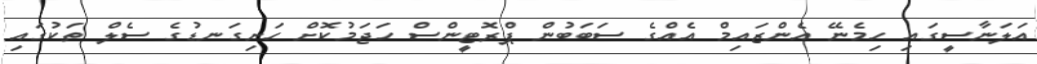
އަލަނާސީގައި ހިމެނޭ އެންޒައިމް އެއްގެ ސަބަބުން ޕްރޮޓީންސް ހަޖަމުކޮށް ހަށިގަނޑުގެ ސެލް ތަކުގައި